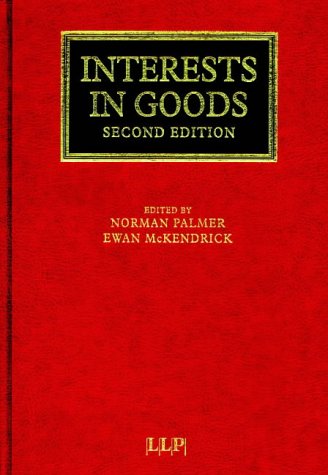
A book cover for Interests in Goods (Lloyd's Commercial Law Library); Law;